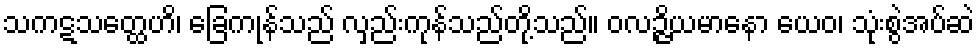
သကဋသတ္ထေဟိ၊ ခြေကုန်သည် လှည်းကုန်သည်တို့သည်။ ဝလဉ္ဇိယမာနော ယေဝ၊ သုံးစွဲအပ်ဆဲ